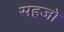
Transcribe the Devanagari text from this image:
सहजो